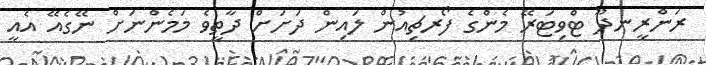
ރަންރީނދޫ ޓްވިޓަރޭ މެންގެ ފޯރޗިއުން ލައިން ދަށަށް ދާތީވެ މަމެންނަށް ނޭގެއޭ އެއީ